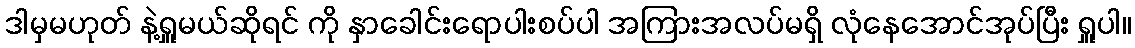
ဒါမှမဟုတ် နဲ့ရှူမယ်ဆိုရင် ကို နှာခေါင်းရောပါးစပ်ပါ အကြားအလပ်မရှိ လုံနေအောင်အုပ်ပြီး ရှူပါ။